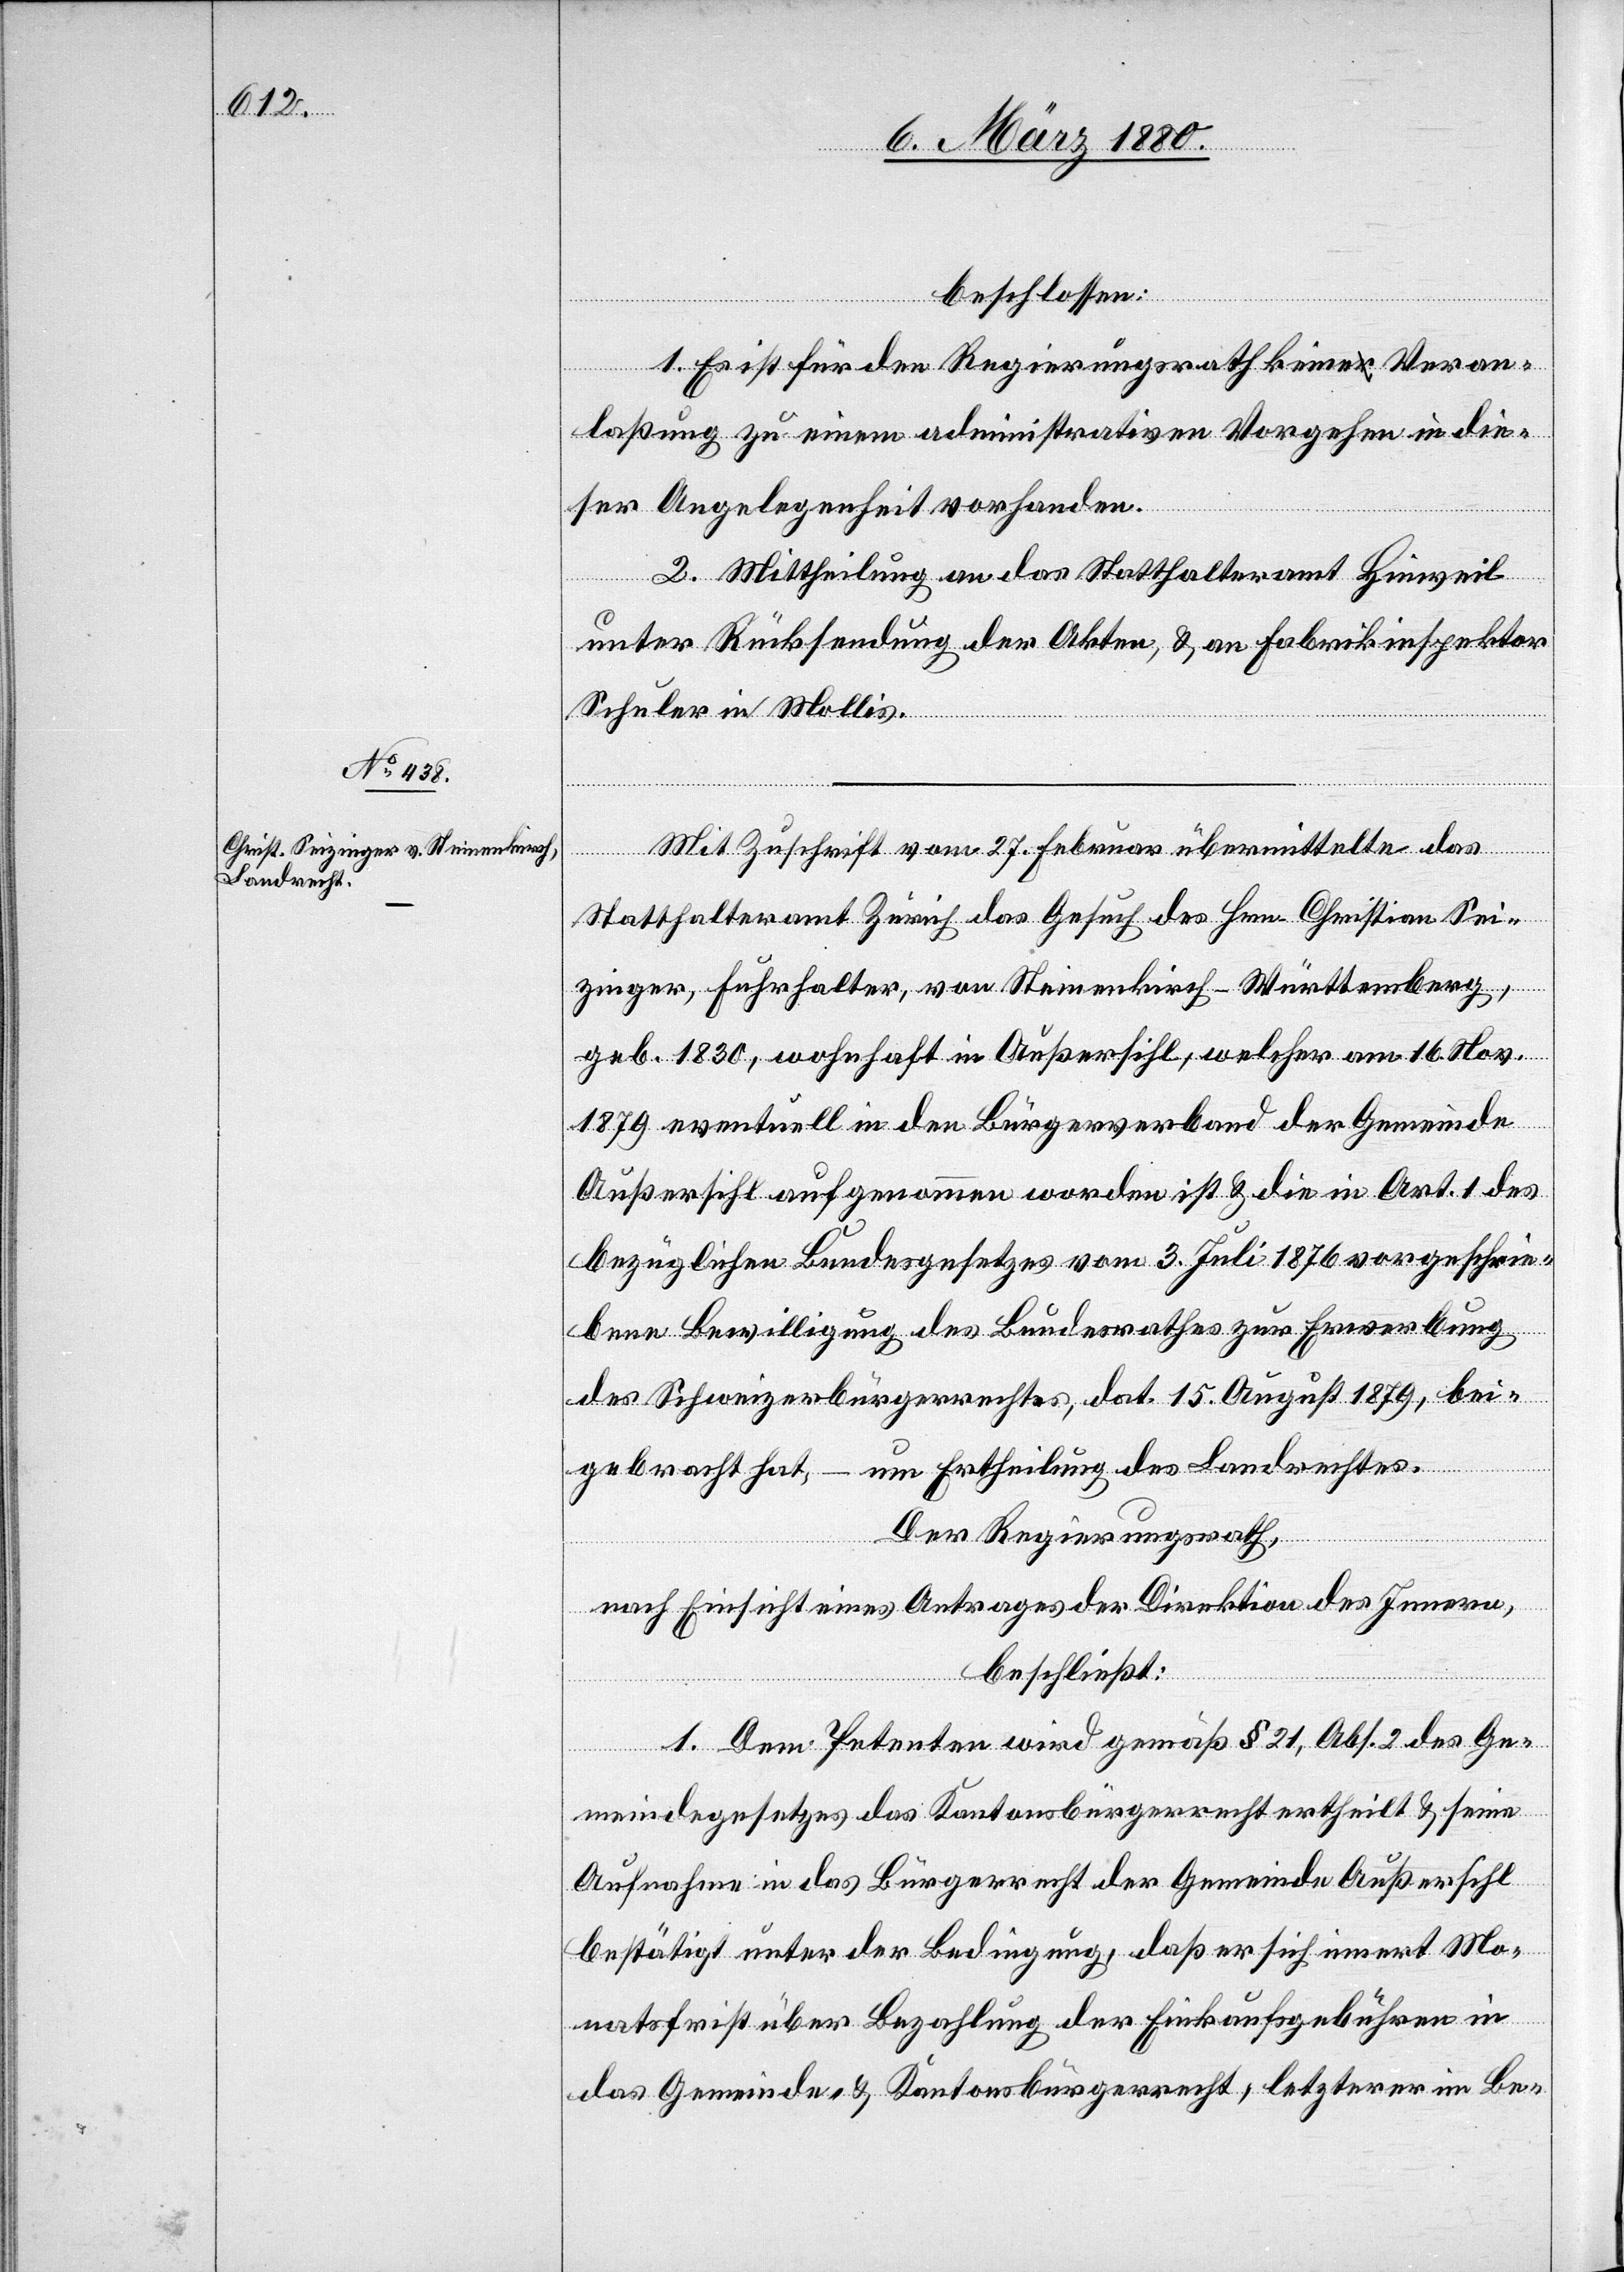
beschlossen:
1. Es ist für den Regierungsrath keine Veran¬
laßung zu einem administrativen Vorgehen in die¬
ser Angelegenheit vorhanden.
2. Mittheilung an das Statthalteramt Hinweil
unter Rücksendung der Akten, & an Fabrikinspektor
Schuler in Mollis.
Mit Zuschrift vom 27. Februar übermittelte das
Statthalteramt Zürich das Gesuch des Hrn. Christian Sei¬
zinger, Fuhrhalter, von Steinenkirch - Württemberg,
geb. 1830, wohnhaft in Außersihl, welcher am 16. Novbr.
1879 eventuell in den Bürgerverband der Gemeinde
Außersihl aufgenommen worden ist & die in Art. 1 des
bezüglichen Bundesgesetzes vom 3. Juli 1876 vorgeschrie¬
bene Bewilligung des Bundesrathes zur Erwerbung
des Schweizerbürgerrechtes, dat. 15. August 1879, bei¬
gebracht hat, – um Ertheilung des Landrechtes.
Der Regierungsrath,
nach Einsicht eines Antrages der Direktion des Innern,
beschließt:
1. Dem Petenten wird gemäß § 21, Abs. 2 des Ge¬
meindesgesetzes das Kantonsbürgerrecht ertheilt & seine
Aufnahme in das Bürgerrecht der Gemeinde Außersihl
bestätigt unter der Bedingung, daß er sich innert Mo¬
natsfrist über Bezahlung der Einkaufsgebühren in
das Gemeinde- & Kantonsbürgerrecht, letzterer im Be-